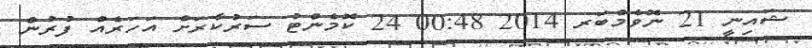
ޝައިނީ 21 ނޮވެމްބަރ 2014 00:48 24 ކޮމެންޓު ސަރުކާރަށް އަހަރެއް ފުރުން